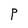
Character: P